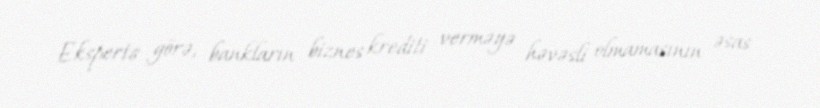
Ekspertə görə, bankların biznes krediti verməyə həvəsli olmamasının əsas